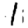
Digit: 1